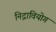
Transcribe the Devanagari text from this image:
निद्रावियोग